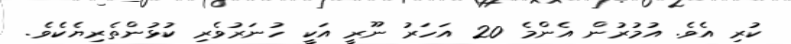
ކުރި އެވެ. އުމުރުން އެންމެ 20 އަހަރު ނޫރީ އަކީ ހުނަރުވެރި ކުޅުންތެރިޔެކެވެ.